Report on inoculation in the plague infected areas of the Punjab and its dependencies from October 1900 to September 1901
Year: 1900
Disease focus: Plague
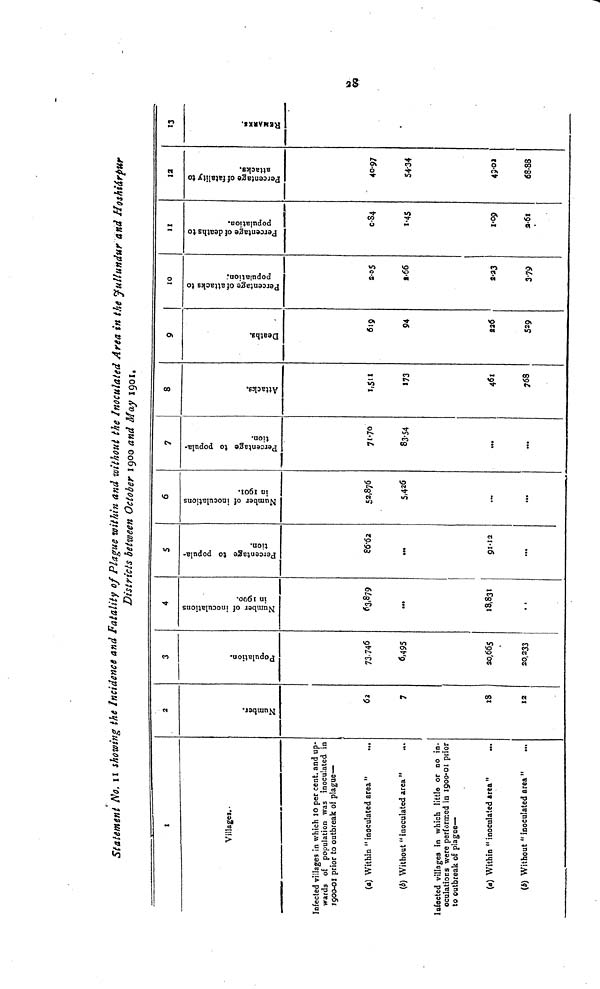
28
Statement No. 11 showing the Incidence and Fatality of Plague within and without the Inoculated Area in the Jullundur and Hoshiárpur
Districts between October 1900 and May 1901.
I
Villages.
Infected villages in which 10 per cent. and up-
wards of population was inoculated in
1900-01 prior to outbreak of plague—
(a) Within " inoculated area "
(3) Without " inoculated area "
Infected villages in which little or no in-
oculatiors were performed in 1900-01 prior
to outbreak of plague—
(a) Within " inoculated area "
(b) Without " inoculated area "
2
Number.
62
7
18
12
3
Population.
73.746
6,495
20,665
20,233
4
Number of inoculations
in 1900.
63.879
***
18,831
5
Percentage to popula-
tion.
86 62
...
91 12
***
6
Number of inoculations
i
52,876
5,426
...
***
7
Percentage to popula-
tion.
71 70
83 54
***
***
8
Attacks.
1,511
173
461
768
9
Deaths.
619
94
226
529
10
Percentage of attacks to
population.
2 05
2 66
2 23
3 79
11
Percentage of deaths to
population.
0 84
1 45
1 09
2 61
12
Percentage of fatality to
attacks.
40.97
54 34
49 02
68 88
13
REMARKS.